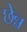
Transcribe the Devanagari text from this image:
छेन्न